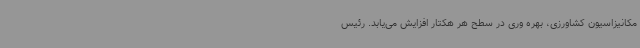
مکانیزاسیون کشاورزی، بهره وری در سطح هر هکتار افزایش می‌یابد. رئیس